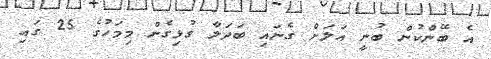
އެ ބޭންކުން ބުނީ އަލަށް ގެނައި ބަދަލާ ގުޅިގެން މިމަހުގެ 25 ގައި